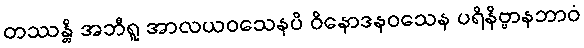
တဿန္တိ အဘီရူ အာလယဝသေနပိ ဝိနောဒနဝသေန ပရိနိဗ္ဗာနဘာဝံ